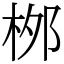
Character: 桞